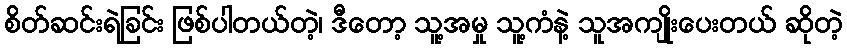
စိတ်ဆင်းရဲခြင်း ဖြစ်ပါတယ်တဲ့၊ ဒီတော့ သူ့အမှု သူ့ကံနဲ့ သူအကျိုးပေးတယ် ဆိုတဲ့